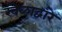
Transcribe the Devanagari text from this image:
खेळाद्वारे